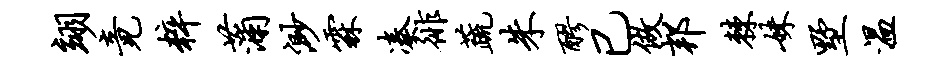
翊竟粹蒲渺霖凑徘蔬朱醪已做邦棘妹墅温